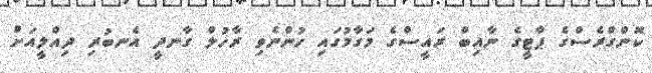
ކޮންގްރެސްގެ ޕާޓީގެ ނާއިބް ރައީސްގެ މަގާމުގައި ހުންނެވި ރާހުލް ގާނދީ އެނބުރި ދިއްލީއަށް